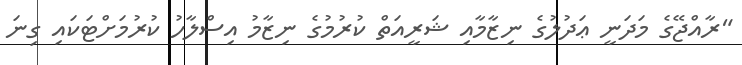
"ރާއްޖޭގެ މަދަނީ ޢަދުލުގެ ނިޒާމާއި ޝަރީއަތް ކުރުމުގެ ނިޒާމު އިސްލާހު ކުރުމަށްޓަކައި ގިނަ